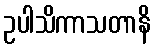
ဥပါသိကာသတာနိ